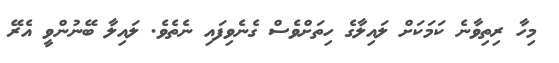
މިހާ ރިތިވާނެ ކަމަކަށް ލައިލާގެ ހިތަށްވެސް ގެނެވިފައި ނެތެވެ. ލައިލާ ބޭނުންވީ އެރޭ